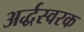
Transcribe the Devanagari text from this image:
अर्द्धस्वरक